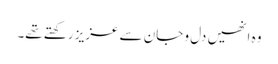
وہ انھیں دل و جان سے عزیز رکھتے تھے۔